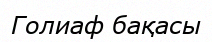
Голиаф бақасы